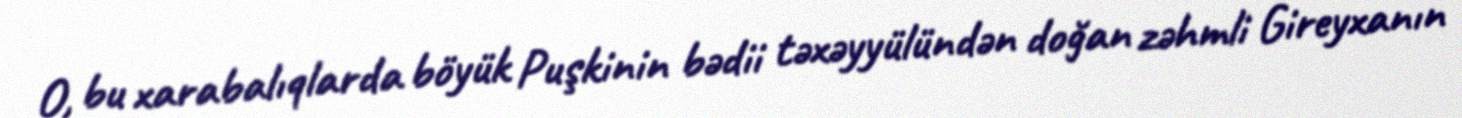
O, bu xarabalıqlarda böyük Puşkinin bədii təxəyyülündən doğan zəhmli Gireyxanın